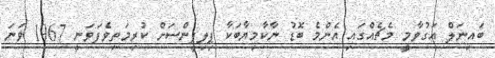
ބައިނަލް އަގުވާމީ މެޗެއްގައި އެންމެ ބޮޑު ނާކާމިޔާބަކާ ޕިލިޕީންސަށް ކުރިމަތިވެފަވަނީ 1967 ވަނަ